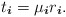
\begin{align*} t_{ \boldsymbol{i} } = \mu_{ \boldsymbol{i} } r_{\boldsymbol{i} } . \end{align*}